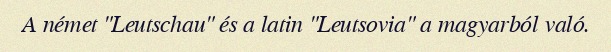
A német "Leutschau" és a latin "Leutsovia" a magyarból való.